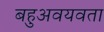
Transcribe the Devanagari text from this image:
बहुअवयवता